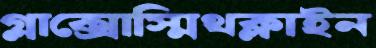
গ্লাক্সোস্মিথক্লাইন